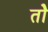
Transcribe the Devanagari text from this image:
तोे